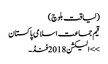
(لیاقت بلوچ)
قیم جماعت اسلامی پاکستان
>> الیکشن 2018فنڈ۔